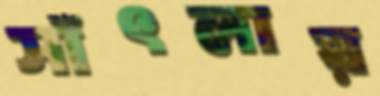
সাঁৎলায়